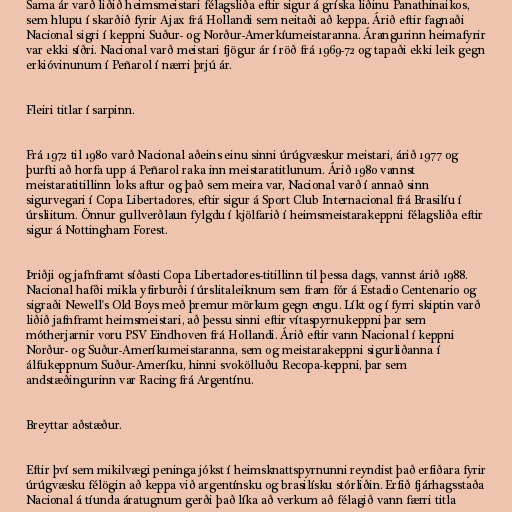
Sama ár varð liðið heimsmeistari félagsliða eftir sigur á gríska liðinu Panathinaikos,
sem hlupu í skarðið fyrir Ajax frá Hollandi sem neitaði að keppa. Árið eftir fagnaði
Nacional sigri í keppni Suður- og Norður-Amerkíumeistaranna. Árangurinn heimafyrir
var ekki síðri. Nacional varð meistari fjögur ár í röð frá 1969-72 og tapaði ekki leik gegn
erkióvinunum í Peñarol í nærri þrjú ár.

Fleiri titlar í sarpinn.

Frá 1972 til 1980 varð Nacional aðeins einu sinni úrúgvæskur meistari, árið 1977 og
þurfti að horfa upp á Peñarol raka inn meistaratitlunum. Árið 1980 vannst
meistaratitillinn loks aftur og það sem meira var, Nacional varð í annað sinn
sigurvegari í Copa Libertadores, eftir sigur á Sport Club Internacional frá Brasilíu í
úrsliitum. Önnur gullverðlaun fylgdu í kjölfarið í heimsmeistarakeppni félagsliða eftir
sigur á Nottingham Forest.

Þriðji og jafnframt síðasti Copa Libertadores-titillinn til þessa dags, vannst árið 1988.
Nacional hafði mikla yfirburði í úrslitaleiknum sem fram fór á Estadio Centenario og
sigraði Newell's Old Boys með þremur mörkum gegn engu. Líkt og í fyrri skiptin varð
liðið jafnframt heimsmeistari, að þessu sinni eftir vítaspyrnukeppni þar sem
mótherjarnir voru PSV Eindhoven frá Hollandi. Árið eftir vann Nacional í keppni
Norður- og Suður-Ameríkumeistaranna, sem og meistarakeppni sigurliðanna í
álfukeppnum Suður-Ameríku, hinni svokölluðu Recopa-keppni, þar sem
andstæðingurinn var Racing frá Argentínu.

Breyttar aðstæður.

Eftir því sem mikilvægi peninga jókst í heimsknattspyrnunni reyndist það erfiðara fyrir
úrúgvæsku félögin að keppa við argentínsku og brasilísku stórliðin. Erfið fjárhagsstaða
Nacional á tíunda áratugnum gerði það líka að verkum að félagið vann færri titla